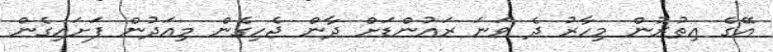
އޭގެ އިތުރުން މިހާރު ދެ ވަނަ ރައުންޑަށް ދާން ޖެހިގެން މިއަދުން ފަށައިގެން